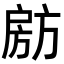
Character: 𭠈